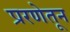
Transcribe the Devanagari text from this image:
प्ररणेतून